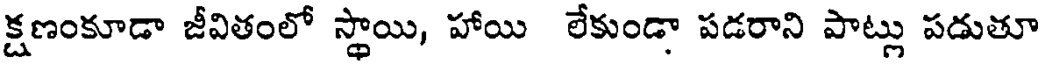
క్షణంకూడా జీవితంలో స్థాయి, హాయి లేకుండా పడరాని పాట్లు పడుతూ